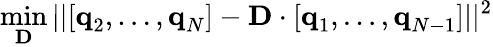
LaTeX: \operatorname*{min}_{\textbf{D}}||[\textbf{q}_{2},\dots,\textbf{q}_{N}]-\textbf{D}\cdot[\textbf{q}_{1},\dots,\textbf{q}_{N-1}]||^{2}